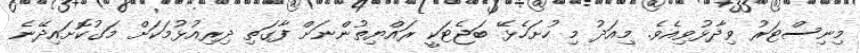
މިނިސްޓަރު ވިދާޅުވިއެވެ. މިއަދު މި ހުށަހެޅޭ ބަޖެޓަކީ ރައްޔިތުންނަށް ފާގަތި ދިރިއުޅުމަކަށް މަގުކޮށައިދޭނެ